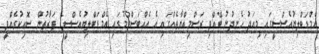
އެމްޑަބްލިޔުއެސްސީގައި މިއަދު ހެނދުނު ބޭއްވި ރަސްމިއްޔާތެއްގައި އެ އެއްބަސްވުމުގައި އެމްޑަބްލިޔުއެސްސީގެ ފަރާތުން ސޮއިކުރެއްވީ